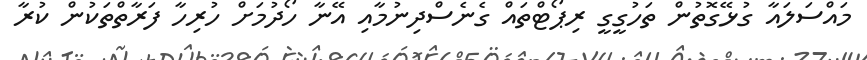
މައްސަލައާ ގުޅޭގޮތުން ތަހުގީގީ ރިޕޯޓްތައް ގެނެސްދިނުމާއި އޭނާ ހޯދުމަށް ހުރިހާ ފަރާތްތަކުން ކުރާ